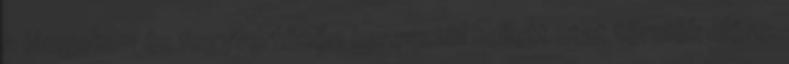
a lángokon és fegyvertűzön keresztül kellett utat törniök előre.